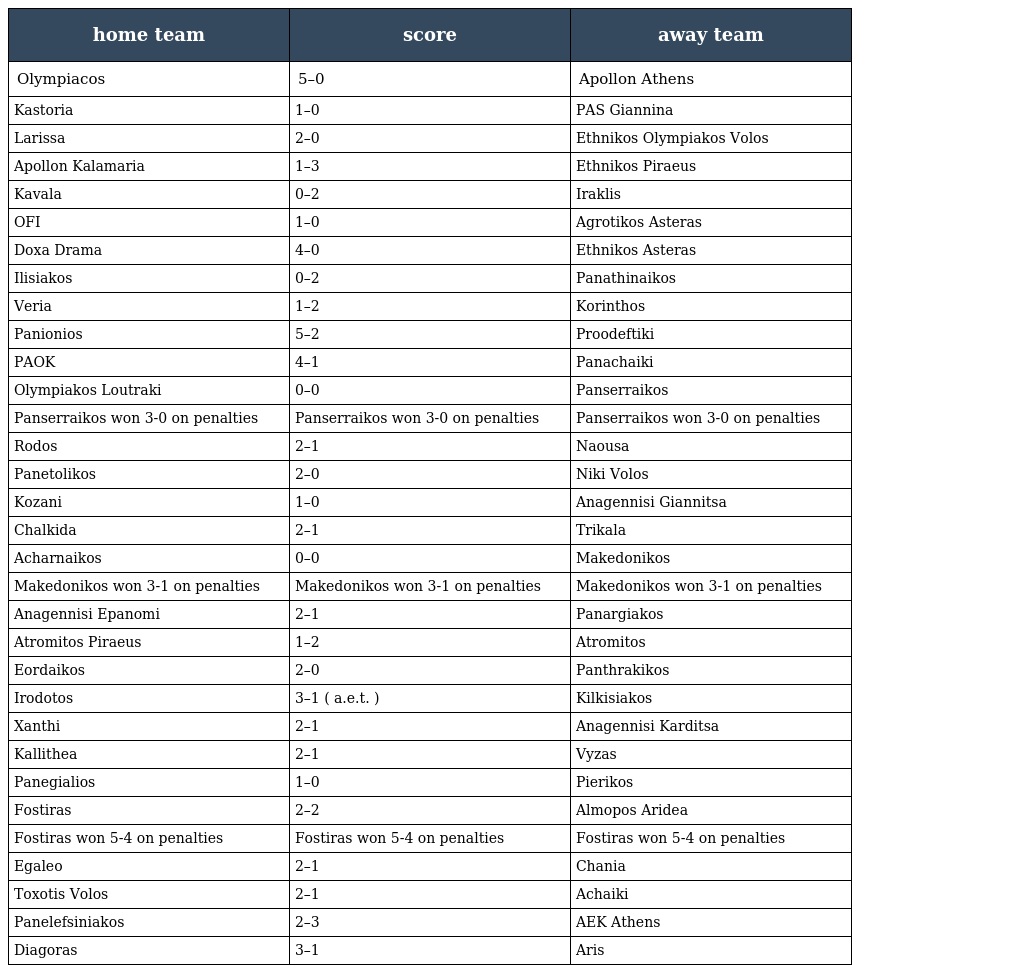
| home team | score | away team |
 | --- | --- | --- |
 | Olympiacos | 5–0 | Apollon Athens |
 | Kastoria | 1–0 | PAS Giannina |
 | Larissa | 2–0 | Ethnikos Olympiakos Volos |
 | Apollon Kalamaria | 1–3 | Ethnikos Piraeus |
 | Kavala | 0–2 | Iraklis |
 | OFI | 1–0 | Agrotikos Asteras |
 | Doxa Drama | 4–0 | Ethnikos Asteras |
 | Ilisiakos | 0–2 | Panathinaikos |
 | Veria | 1–2 | Korinthos |
 | Panionios | 5–2 | Proodeftiki |
 | PAOK | 4–1 | Panachaiki |
 | Olympiakos Loutraki | 0–0 | Panserraikos |
 | Panserraikos won 3-0 on penalties | Panserraikos won 3-0 on penalties | Panserraikos won 3-0 on penalties |
 | Rodos | 2–1 | Naousa |
 | Panetolikos | 2–0 | Niki Volos |
 | Kozani | 1–0 | Anagennisi Giannitsa |
 | Chalkida | 2–1 | Trikala |
 | Acharnaikos | 0–0 | Makedonikos |
 | Makedonikos won 3-1 on penalties | Makedonikos won 3-1 on penalties | Makedonikos won 3-1 on penalties |
 | Anagennisi Epanomi | 2–1 | Panargiakos |
 | Atromitos Piraeus | 1–2 | Atromitos |
 | Eordaikos | 2–0 | Panthrakikos |
 | Irodotos | 3–1 ( a.e.t. ) | Kilkisiakos |
 | Xanthi | 2–1 | Anagennisi Karditsa |
 | Kallithea | 2–1 | Vyzas |
 | Panegialios | 1–0 | Pierikos |
 | Fostiras | 2–2 | Almopos Aridea |
 | Fostiras won 5-4 on penalties | Fostiras won 5-4 on penalties | Fostiras won 5-4 on penalties |
 | Egaleo | 2–1 | Chania |
 | Toxotis Volos | 2–1 | Achaiki |
 | Panelefsiniakos | 2–3 | AEK Athens |
 | Diagoras | 3–1 | Aris |